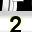
Digit: 2